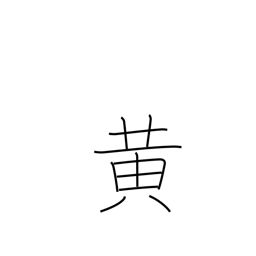
Meaning: yellow